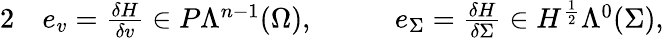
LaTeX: \begin{array}{rlrl}{{2}}&{{}e_{v}=\frac{\delta H}{\delta v}\in P\Lambda^{n-1}(\Omega),\quad}&{}&{{}e_{\Sigma}=\frac{\delta H}{\delta\Sigma}\in H^{\frac{1}{2}}\Lambda^{0}(\Sigma),}\end{array}